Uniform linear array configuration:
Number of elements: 48
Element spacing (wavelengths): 0.75
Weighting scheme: hann
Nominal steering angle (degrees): -30
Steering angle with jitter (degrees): -31.557
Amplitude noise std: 0.05
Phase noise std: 0.05

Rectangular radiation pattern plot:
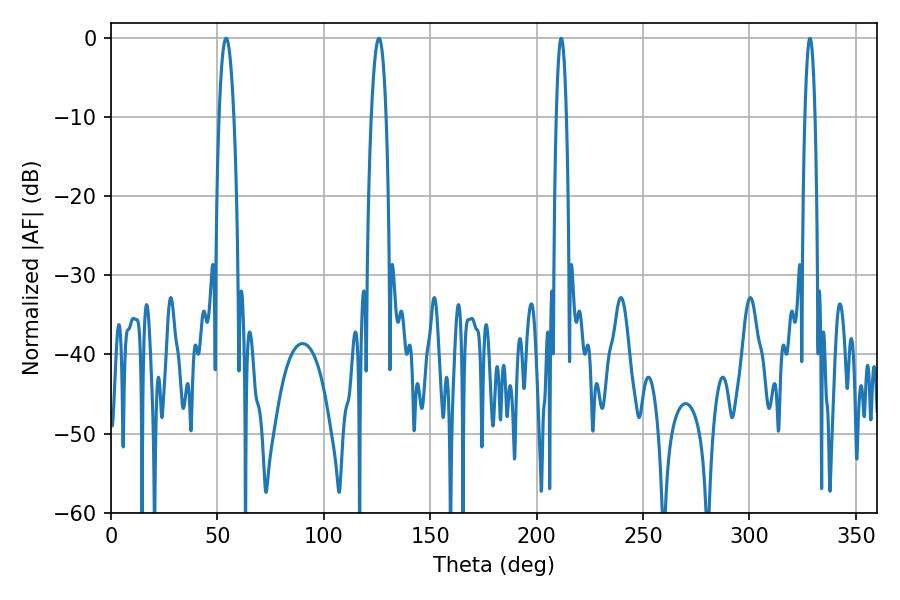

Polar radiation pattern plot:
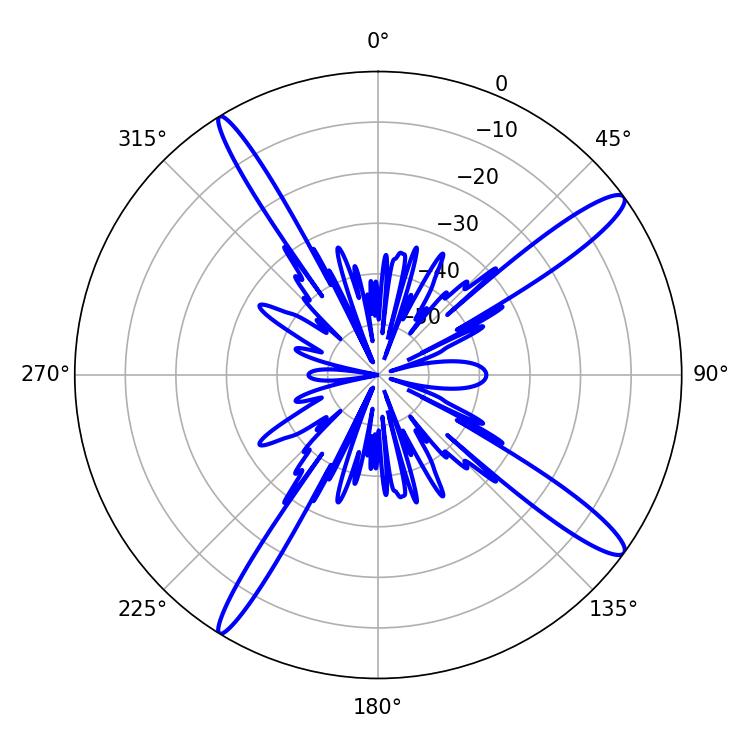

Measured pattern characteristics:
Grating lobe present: TRUE
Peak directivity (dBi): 14.834
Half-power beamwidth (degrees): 2.7
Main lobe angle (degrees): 211.5